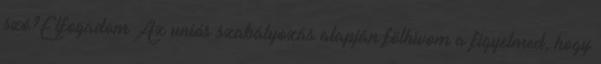
szó?Elfogadom Az uniós szabályozás alapján fölhívom a figyelmed, hogy